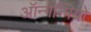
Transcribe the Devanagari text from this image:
ऑन्गेन्पियो